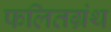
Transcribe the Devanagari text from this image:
फलितग्रंथ